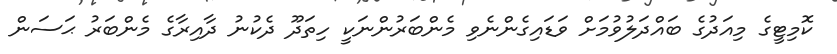
ކޮމިޓީގެ މިއަދުގެ ބައްދަލުވުމަށް ވަޑައިގެންނެވި މެންބަރުންނަކީ ހިތަދޫ ދެކުނު ދާއިރާގެ މެންބަރު ޙަސަން